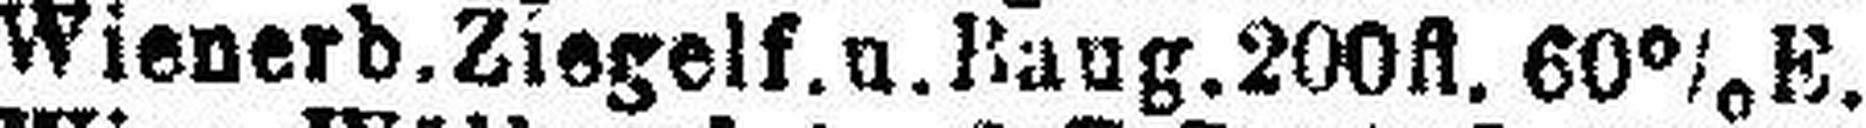
Wienerb. Ziegelf. u. Baug. 200fl. 60% E.